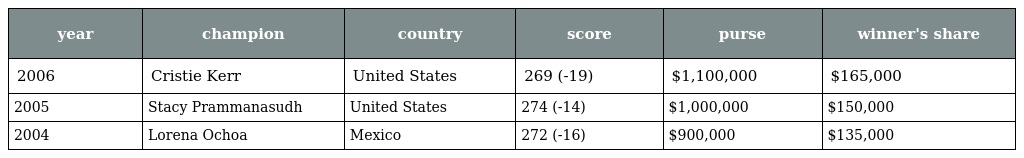
| year | champion | country | score | purse | winner's share |
 | --- | --- | --- | --- | --- | --- |
 | 2006 | Cristie Kerr | United States | 269 (-19) | $1,100,000 | $165,000 |
 | 2005 | Stacy Prammanasudh | United States | 274 (-14) | $1,000,000 | $150,000 |
 | 2004 | Lorena Ochoa | Mexico | 272 (-16) | $900,000 | $135,000 |